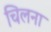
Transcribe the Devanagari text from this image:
चिलना